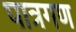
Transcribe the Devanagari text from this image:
पात्रगण